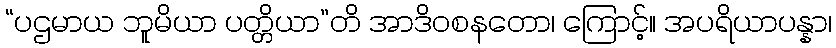
“ပဌမာယ ဘူမိယာ ပတ္တိယာ”တိ အာဒိဝစနတော၊ ကြောင့်။ အပရိယာပန္နာ၊